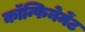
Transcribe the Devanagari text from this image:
कॉन्फिनेमेंट